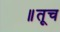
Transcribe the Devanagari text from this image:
॥तूच